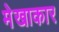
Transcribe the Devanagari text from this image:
मेखाकार